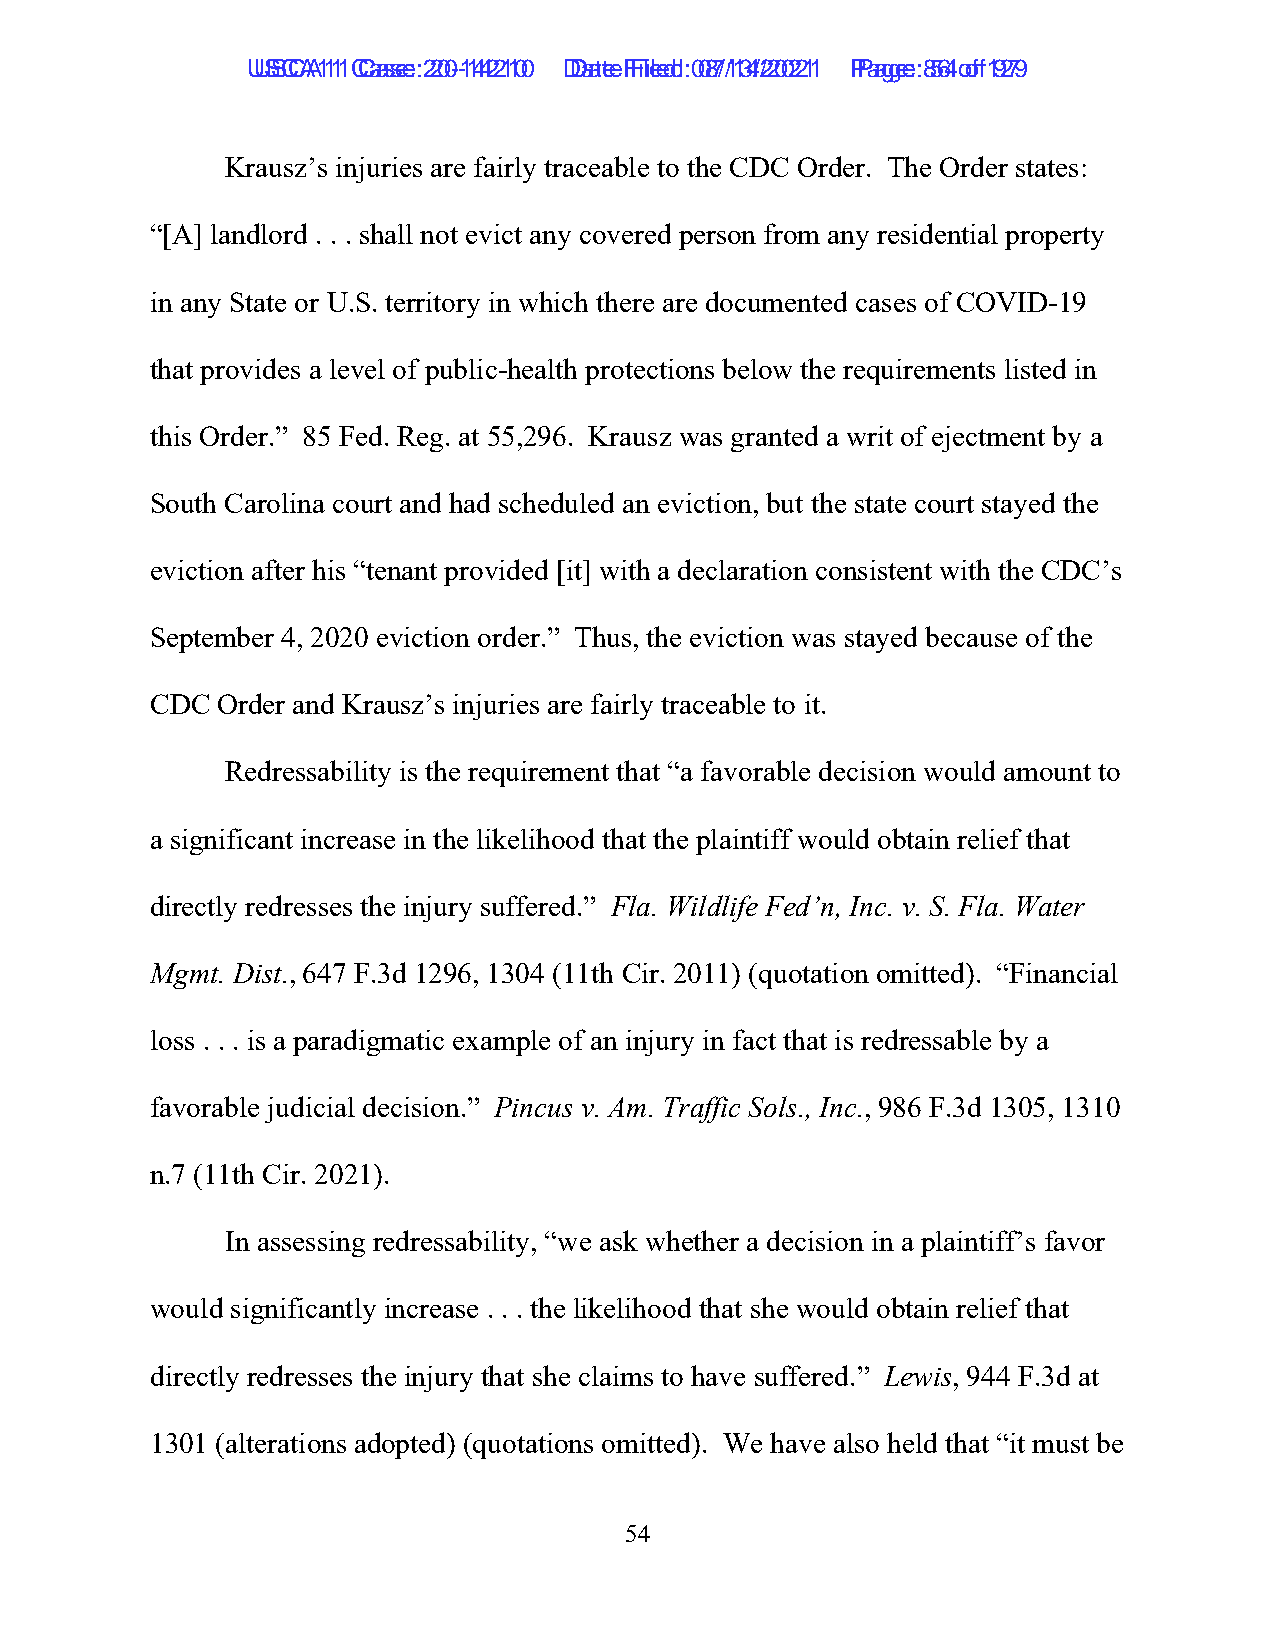
UUSSCCAA1111 C Caassee: :2 200--1144221100 D Daatete F Filieledd: :0 087/1/134/2/2002211 P Paaggee: :8 564 o of f1 9279
 Krausz’s injuries are fairly traceable to the CDC Order. The Order states:
 “[A] landlord . . . shall not evict any covered person from any residential property
 in any State or U.S. territory in which there are documented cases of COVID-19
 that provides a level of public-health protections below the requirements listed in
 this Order.” 85 Fed. Reg. at 55,296. Krausz was granted a writ of ejectment by a
 South Carolina court and had scheduled an eviction, but the state court stayed the
 eviction after his “tenant provided [it] with a declaration consistent with the CDC’s
 September 4, 2020 eviction order.” Thus, the eviction was stayed because of the
 CDC Order and Krausz’s injuries are fairly traceable to it.
 Redressability is the requirement that “a favorable decision would amount to
 a significant increase in the likelihood that the plaintiff would obtain relief that
 directly redresses the injury suffered.” Fla. Wildlife Fed’n, Inc. v. S. Fla. Water
 Mgmt. Dist., 647 F.3d 1296, 1304 (11th Cir. 2011) (quotation omitted). “Financial
 loss . . . is a paradigmatic example of an injury in fact that is redressable by a
 favorable judicial decision.” Pincus v. Am. Traffic Sols., Inc., 986 F.3d 1305, 1310
 n.7 (11th Cir. 2021).
 In assessing redressability, “we ask whether a decision in a plaintiff’s favor
 would significantly increase . . . the likelihood that she would obtain relief that
 directly redresses the injury that she claims to have suffered.” Lewis, 944 F.3d at
 1301 (alterations adopted) (quotations omitted). We have also held that “it must be
 54